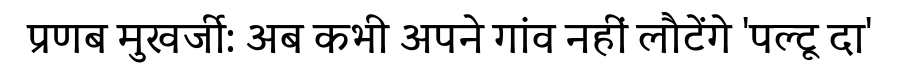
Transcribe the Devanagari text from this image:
प्रणब मुखर्जी: अब कभी अपने गांव नहीं लौटेंगे 'पल्टू दा'